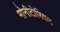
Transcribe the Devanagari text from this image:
मोनीटोरियल